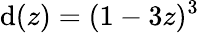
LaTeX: \mathrm{d}(z)=(1-3z)^{3}